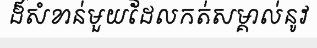
ដ៏សំខាន់មួយដែលកត់សម្គាល់នូវ